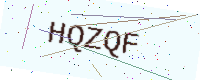
Text: HQZQF